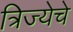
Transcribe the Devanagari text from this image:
त्रिज्येचे